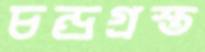
চন্দ্রগ্রস্ত